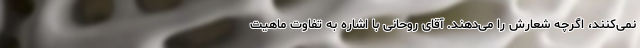
نمی‌کنند، اگرچه شعارش را می‌دهند. آقای روحانی با اشاره به تفاوت ماهیت